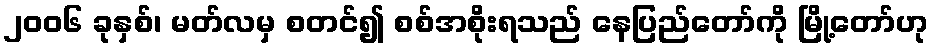
၂၀၀၆ ခုနှစ်၊ မတ်လမှ စတင်၍ စစ်အစိုးရသည် နေပြည်တော်ကို မြို့တော်ဟု